Indian journal of veterinary science and animal husbandry - Volume 6,
Year: 1936
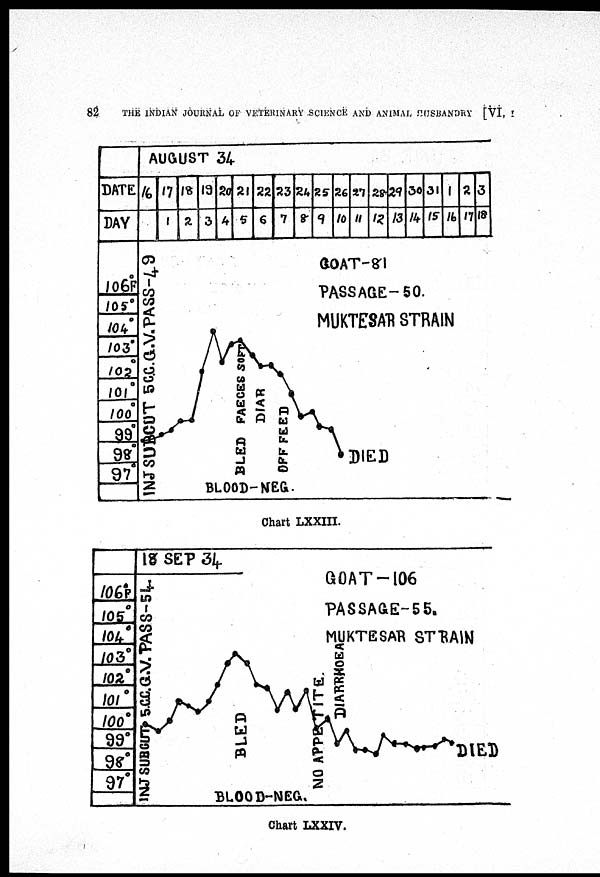
82
THE INDIAN JOURNAL OF VETERINARY SCIENCE AND ANIMAL HUSBANDRY [VI, I
Chart LXXIII.
Chart LXXIV.